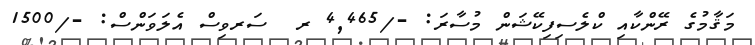
މަޤާމުގެ ރޭންކާއި ކްލެސިފިކޭޝަން މުސާރަ: -/4